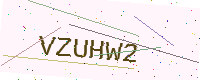
Text: VZUHW2